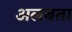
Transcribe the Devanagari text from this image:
अलबता